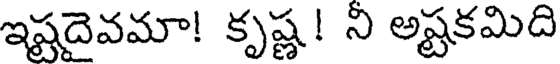
ఇష్టదైవమా! కృష్ణ! ని అష్టకమిది